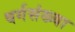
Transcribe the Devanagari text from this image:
वर्गसंख्या